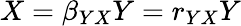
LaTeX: X=\beta_{YX}Y=r_{YX}Y